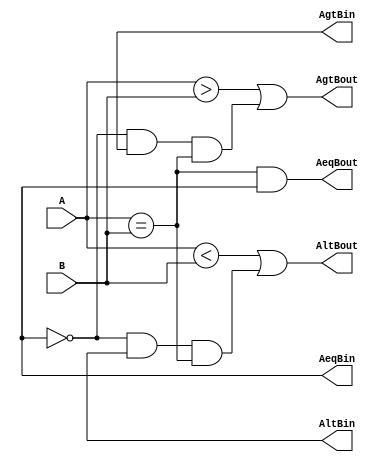
`timescale 1ns / 1ps
//////////////////////////////////////////////////////////////////////////////////
// Company: 
// 
// Design Name:	   LS85
// Module Name:	   system86/ttl/ls85.v
// Project Name:   Namco System86 simulation
// Target Devices: 
// Tool versions: 
// Description:	   LS85 - 4-Bit Magnitude Comparators
//
// Dependencies: 
//
// Revision: 
// Revision 0.01 - File Created
// Additional Comments: 
// License:		   https://www.apache.org/licenses/LICENSE-2.0
//
//////////////////////////////////////////////////////////////////////////////////
module ls85(
        input wire [3:0] A,
        input wire [3:0] B,
        output wire AgtBin,
        output wire AeqBin,
        output wire AltBin,
        output wire AgtBout,
        output wire AeqBout,
        output wire AltBout
	);

	assign AgtBout = (A > B) || (!AeqBin && AgtBin && (A == B));
	assign AeqBout = (A == B) && AeqBin;
	assign AltBout = (A < B) || (!AeqBin && AltBin && (A == B));

endmodule